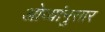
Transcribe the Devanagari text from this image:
ओव्यांनुसार